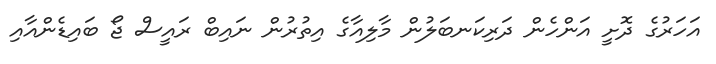
އަހަރުގެ ދޮށީ އަންހެން ދަރިކަނބަލުން މާލިއާގެ އިތުރުން ނައިބް ރައީސް ޖޯ ބައިޑެންއާއި